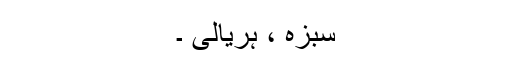
سبزہ ، ہریالی ۔